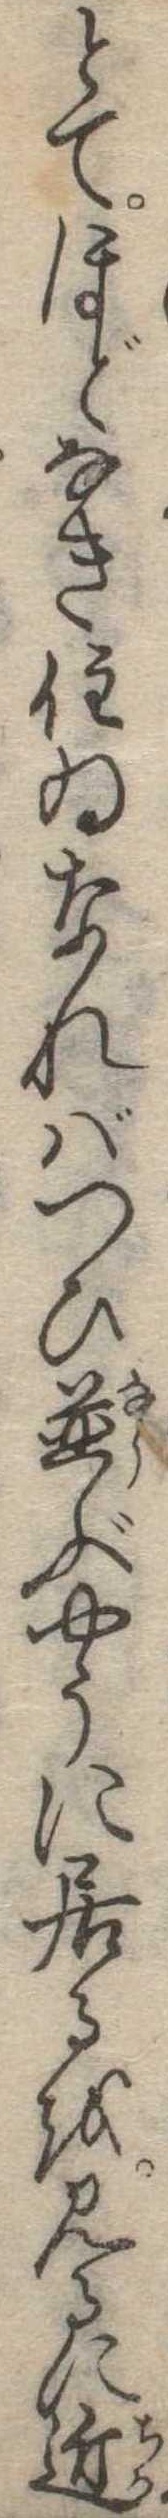
とてほどなき住ゐなればつひ並ぶやうに居るを見るに近